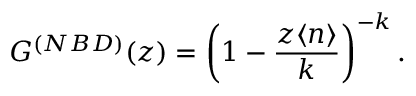
G ^ { ( N B D ) } ( z ) = \left( 1 - \frac { z \langle n \rangle } { k } \right) ^ { - k } .